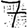
Digit: 7